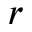
r